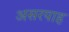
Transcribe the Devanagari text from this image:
असरयाह